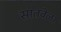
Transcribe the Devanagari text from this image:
सातवेळा